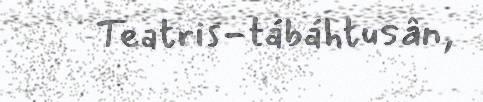
Teatris-tábáhtusân,